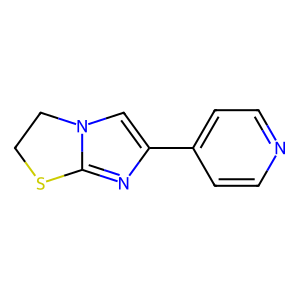
SMILES: c1cc(-c2cn3c(n2)SCC3)ccn1
Inhibits HIV replication: No